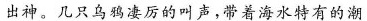
出神。几只乌鸦凄厉的叫声，带着海水特有的潮